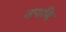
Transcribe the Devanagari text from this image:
उपाद्धि